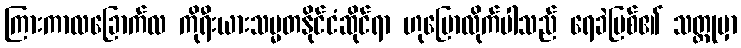
ကြားကာလခြောက်လ ကိုရီးယားသမ္မတနိုင်ငံဆိုင်ရာ ဟုပြောလိုက်ပါသည် ရေခဲမြစ်၏ သတ္တုမှာ